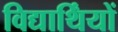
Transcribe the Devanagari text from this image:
विद्यार्थिंयों